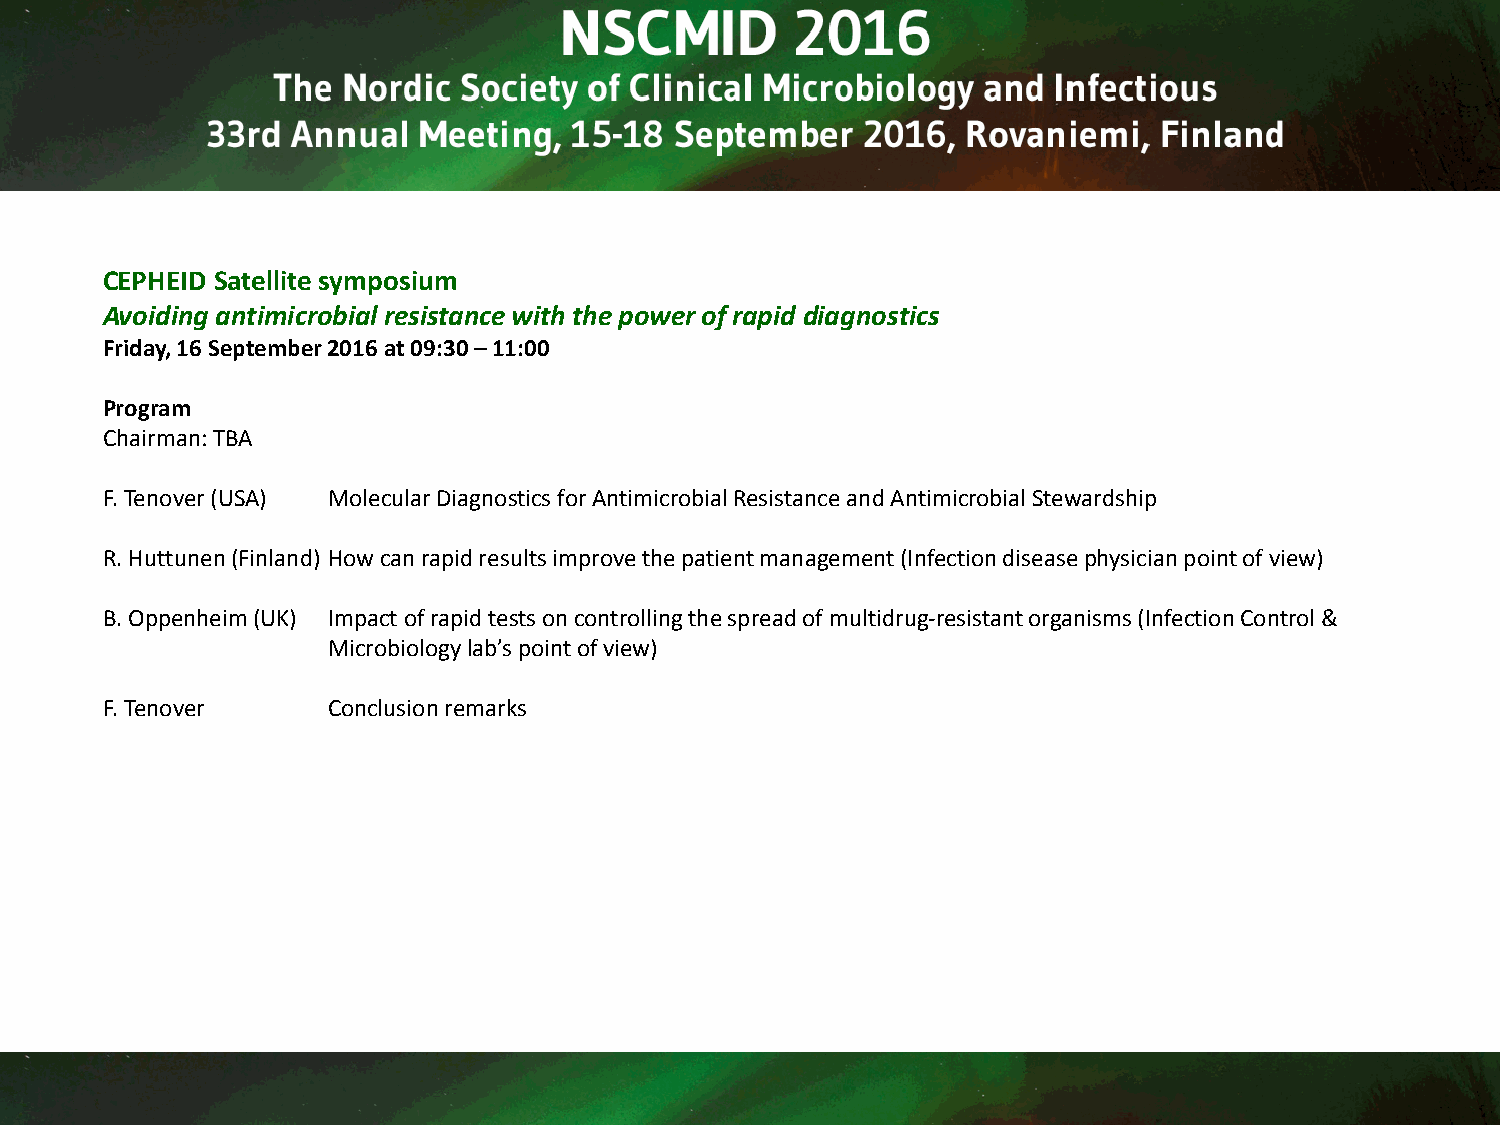
CEPHEID Satellite symposium
 Avoiding antimicrobial resistance with the power of rapid diagnostics
 Friday, 16 September 2016 at 09:30 –11:00
 Program
 Chairman: TBA
 F. Tenover(USA) Molecular Diagnostics for Antimicrobial Resistance and Antimicrobial Stewardship
 R. Huttunen (Finland) How can rapid results improve the patient management (Infection disease physician point of view)
 B. Oppenheim (UK) Impact of rapid tests on controlling the spread of multidrug-resistant organisms (Infection Control &
 Microbiology lab’s point of view)
 F. Tenover     Conclusion remarks